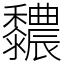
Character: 䵜